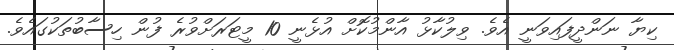
ކިޔާ ނަންދީފައިވަނީ އެވެ. ވިލުކާޅު އާންމުކޮށް އުޅެނީ 10 މީޓަރަށްވުރެ ފުން ހިސާބުތަކުގައެވެ.